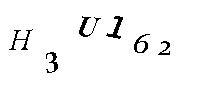
H3U162